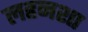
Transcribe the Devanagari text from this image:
लहनशा